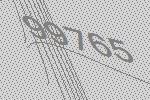
99765